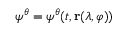
\psi ^ { \boldsymbol { \theta } } = \psi ^ { \boldsymbol { \theta } } ( t , \mathbf { r } ( \lambda , \varphi ) )